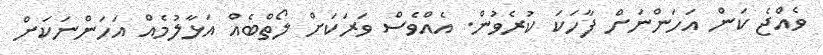
ވެއްޖެ ކަން އަހަންނަށް ފާހަކަ ކުރެވުން. އެއްވެސް ވަރަކަށް ލޯތްބެއް އަޅާލުމެއް އަހަންނަކަށް